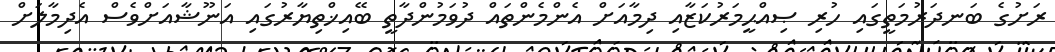
ރަށުގެ ބަނދަރުމަތީގައި ހުރި ޞިއްޙީމަރުކަޒާއި ދިމާއަށް އެންމެންތައް ދުވަމުންދާތީ ބޭއިޚްތިޔާރުގައި އަނޫޝާއަށްވެސް އެދިމާލަށް